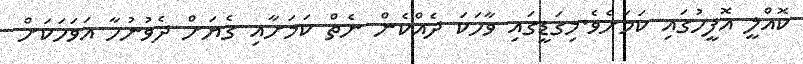
ކޮއްލީ އޮފީހުގައި ކަމަށެވެ.މިގަޑީގައި ވާހަކަ ދެއްކެން ނެތް ކަމަށާއި ގެޔަށް ދެވުނުހާ އަވަހަކަށް